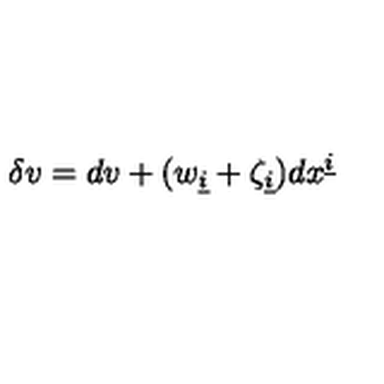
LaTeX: \delta v = d v + ( w _ { \underline { { i } } } + \zeta _ { \underline { { i } } } ) d x ^ { \underline { { i } } }